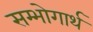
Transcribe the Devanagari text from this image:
सम्भोगार्थ